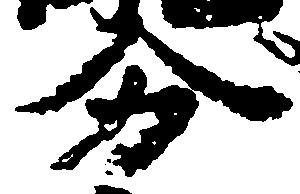
分